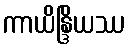
ကာယိန္ဒြိယဿ